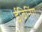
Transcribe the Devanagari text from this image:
ईविनिंग